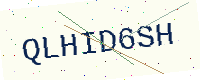
Text: QLHID6SH